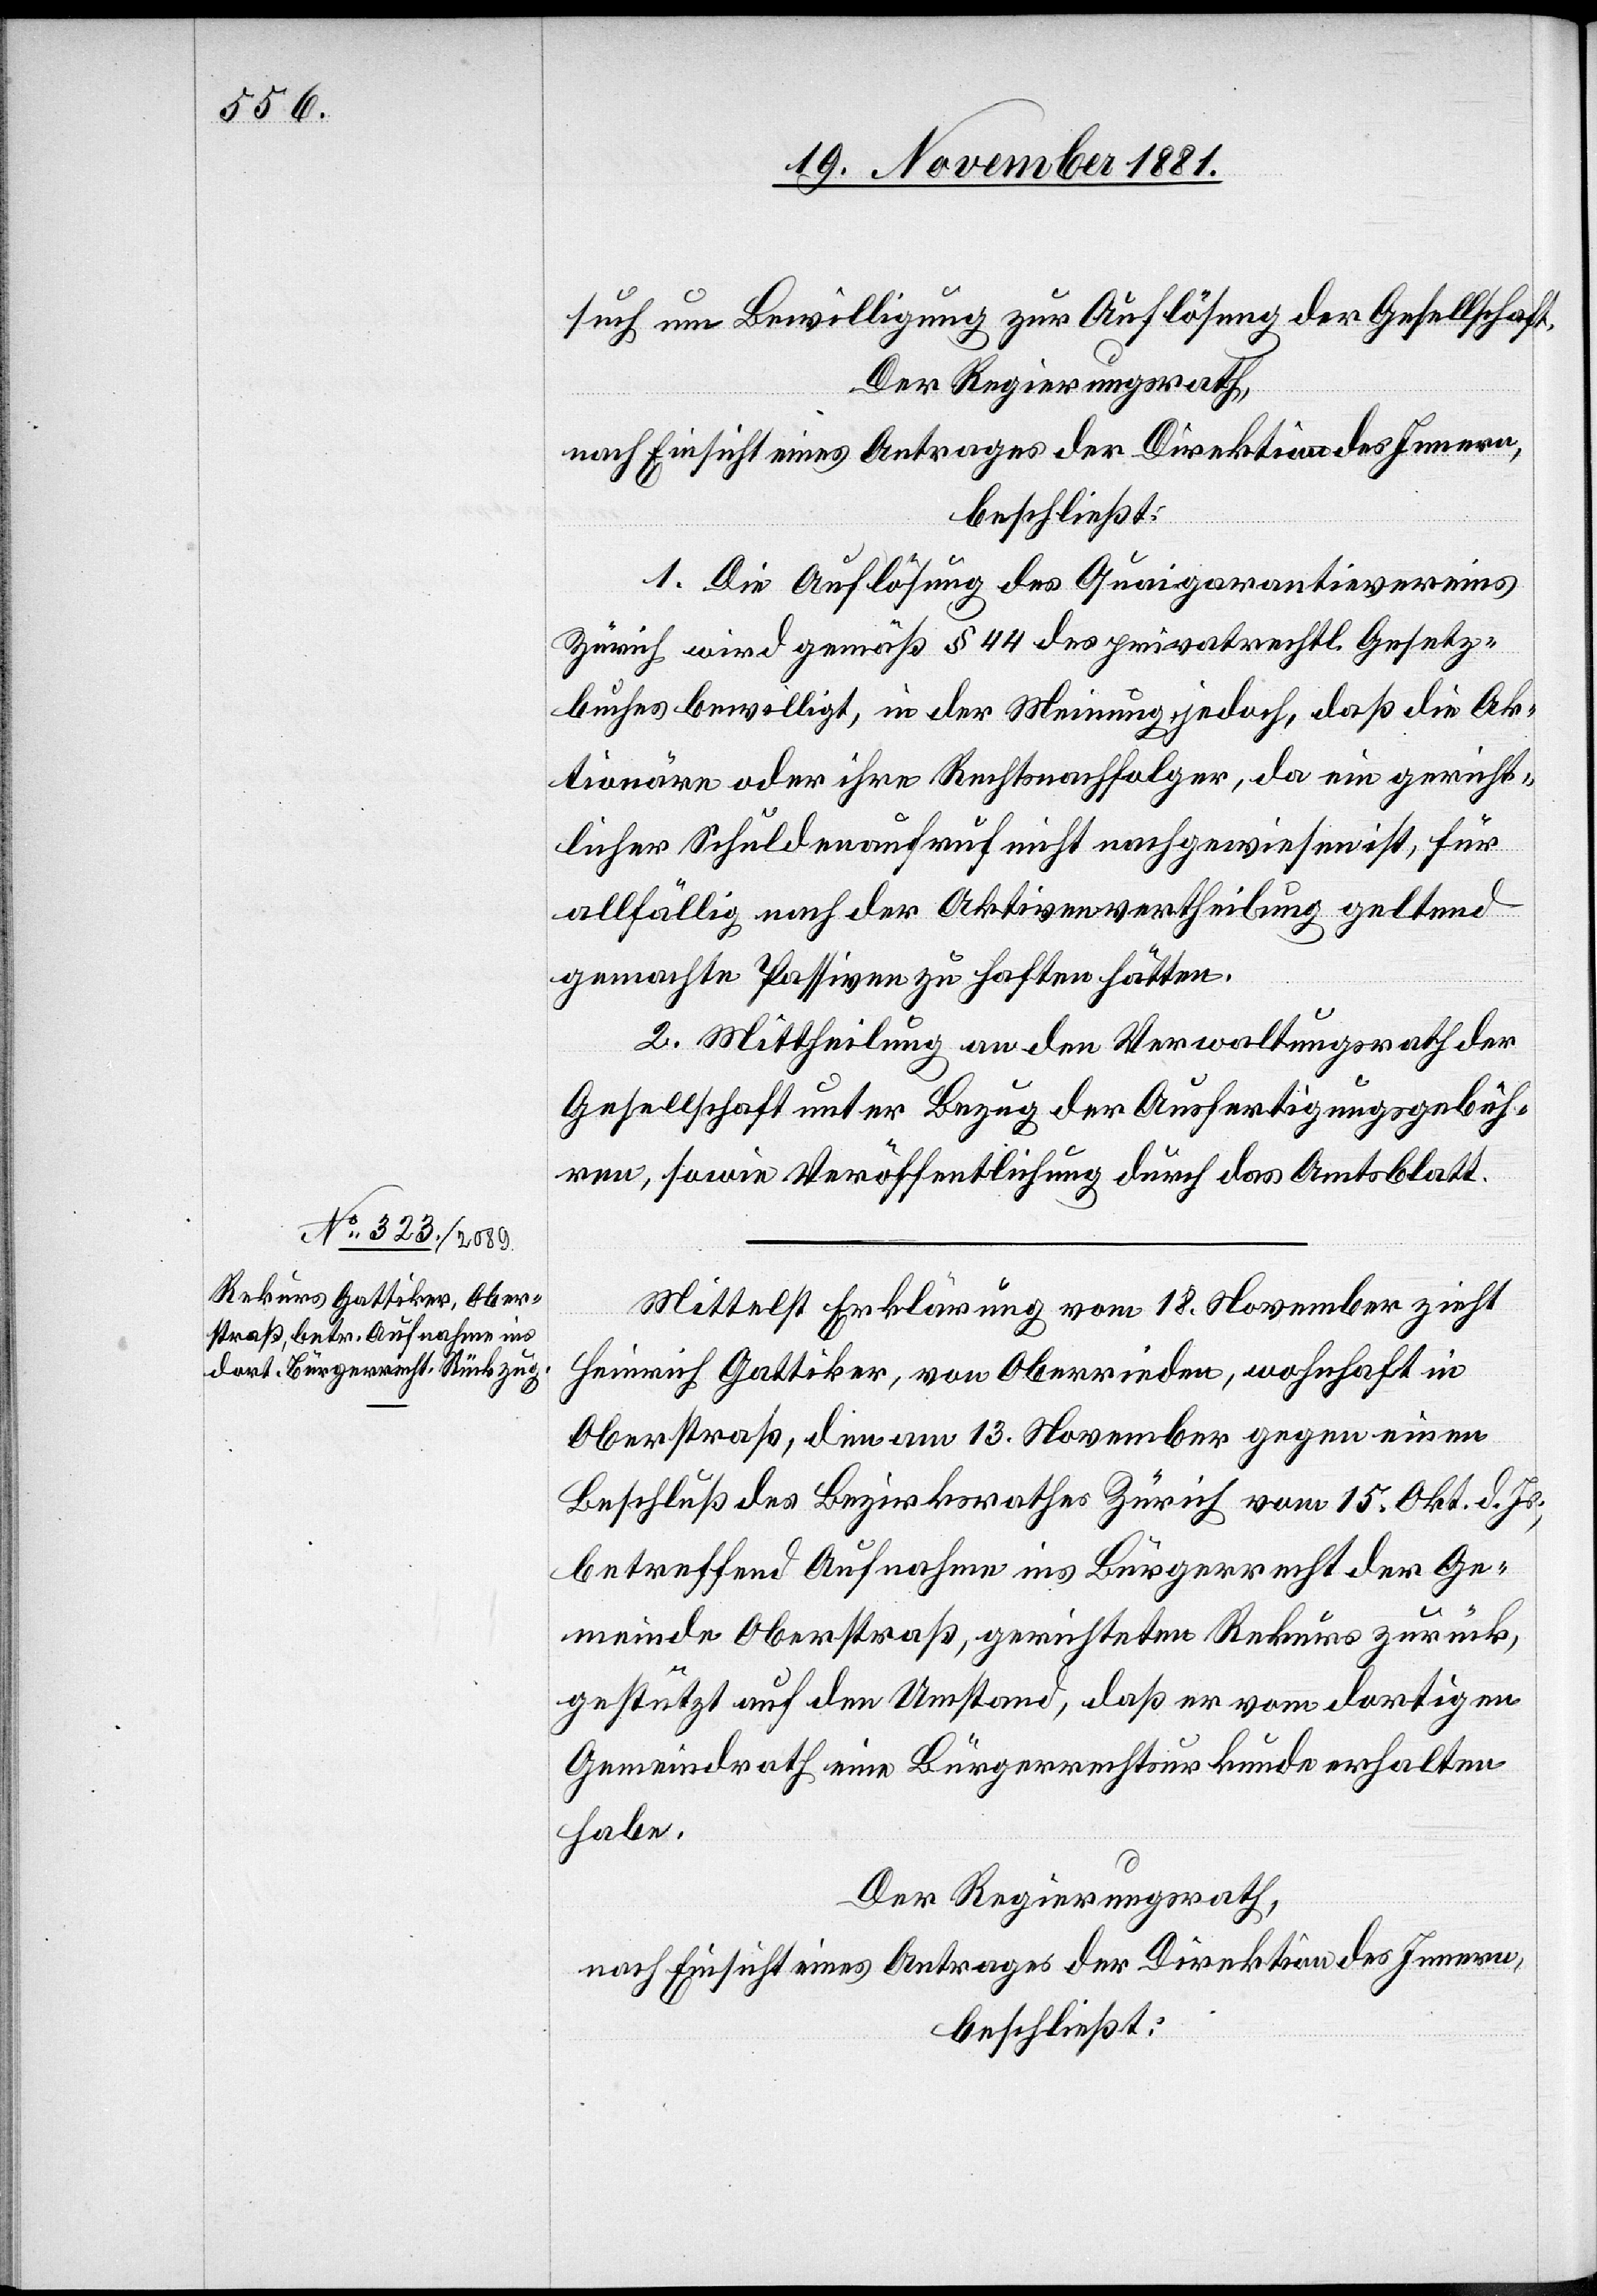
such um Bewilligung zur Auflösung der Gesellschaft.
Der Regierungsrath,
nach Einsicht eines Antrages der Direktion des Innern,
beschließt:
1. Die Auflösung des Quaigarantievereins
Zürich wird gemäß § 44 des privatrechtl. Gesetz¬
buches bewilligt, in der Meinung, jedoch, daß die Ak¬
tionäre oder ihre Rechtsnachfolger, da ein gericht¬
licher Schuldenaufruf nicht nachgewiesen ist, für
allfällig nach der Aktivenvertheilung geltend
gemachte Passiven zu haften hätten.
2. Mittheilung an den Verwaltungsrath der
Gesellschaft unter Bezug der Ausfertigungsgebüh¬
ren, sowie Veröffentlichung durch das Amtsblatt.
Mittelst Erklärung vom 18. November zieht
Heinrich Gattiker, von Oberrieden, wohnhaft in
Oberstraß, den am 13. November gegen einen
Beschluß des Bezirksrathes Zürich vom 15. Okt. d. Js.,
betreffend Aufnahme ins Bürgerrecht der Ge¬
meinde Oberstraß, gerichteten Rekurs zurück,
gestützt auf den Umstand, daß er vom dortigen
Gemeindrath eine Bürgerrechtsurkunde erhalten
habe.
Der Regierungsrath,
nach Einsicht eines Antrages der Direktion des Innern,
beschließt: